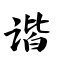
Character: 谐